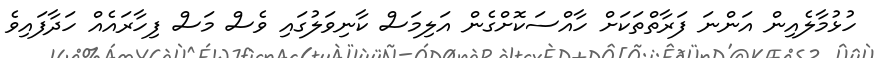
ހުޅުމާލެއިން އަންނަ ފަރާތްތަކަށް ހާއްސަކޮށްގެން އަލިމަސް ކާނިވަލުގައި ވެސް މަސް ފިހާރައެއް ހަދާފައިވެ